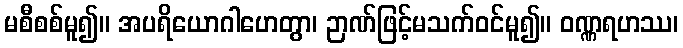
မစီစစ်မူ၍။ အပရိယောဂါဟေတွာ၊ ဉာဏ်ဖြင့်မသက်ဝင်မူ၍။ ဝဏ္ဏရဟဿ၊